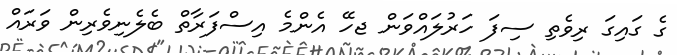
ގެ ގައިގަ ރިވެތި ސިފަ ހަރުލައްވަން ޖހޭ އެންމެ އިސްފަރާތް ބެލެނިވެރިން ވަރައް